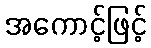
အကောင့်ဖြင့်